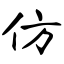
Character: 仿